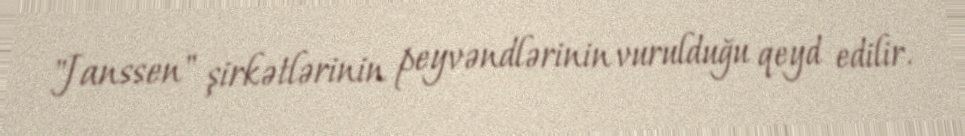
"Janssen" şirkətlərinin peyvəndlərinin vurulduğu qeyd edilir.